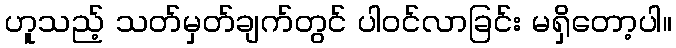
ဟူသည့် သတ်မှတ်ချက်တွင် ပါဝင်လာခြင်း မရှိတော့ပါ။